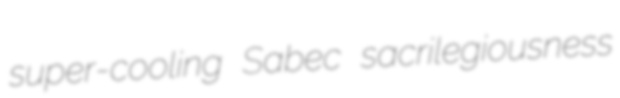
super-cooling Sabec sacrilegiousness